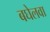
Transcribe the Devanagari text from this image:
बघेलवा